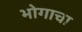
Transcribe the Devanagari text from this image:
भोगाचा